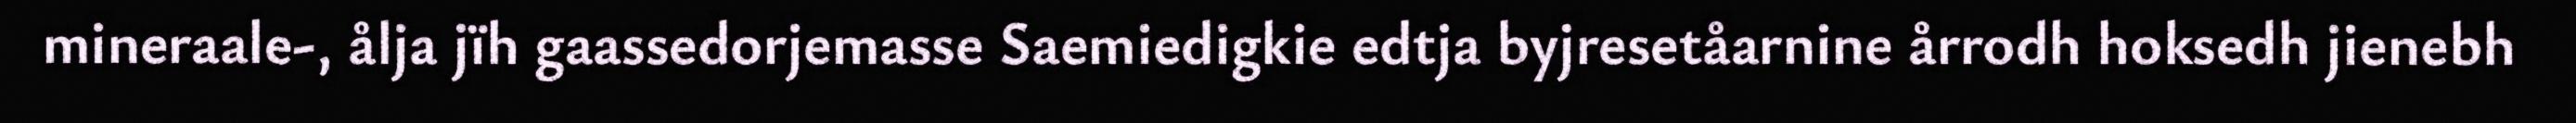
mineraale-, ålja jïh gaassedorjemasse Saemiedigkie edtja byjresetåarnine årrodh hoksedh jienebh